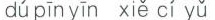
dú pīn yīn xiě cí yǔ